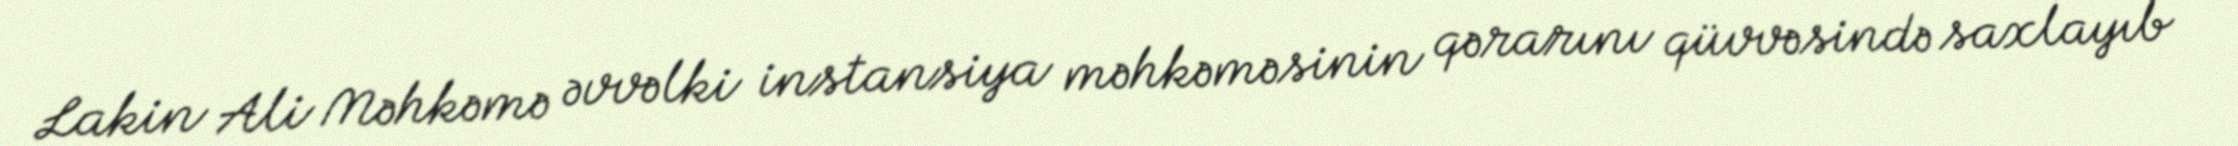
Lakin Ali Məhkəmə əvvəlki instansiya məhkəməsinin qərarını qüvvəsində saxlayıb